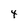
Character: 4